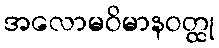
အလောမဝိမာနဝတ္ထု